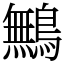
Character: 鷡